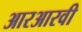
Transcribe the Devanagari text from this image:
आरआरवी